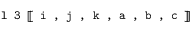
\texttt { l 3 } [ \! [ \texttt { i , j , k , a , b , c } ] \! ]